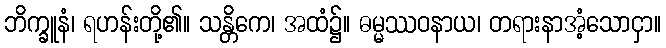
ဘိက္ခူနံ၊ ရဟန်းတို့၏။ သန္တိကေ၊ အထံ၌။ ဓမ္မဿဝနာယ၊ တရားနာအံ့သောငှာ။